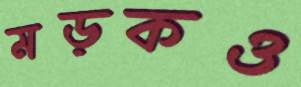
মড়কও